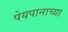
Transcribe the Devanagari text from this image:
पेयपानाच्या